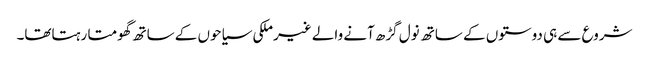
شروع سے ہی دوستوں کے ساتھ نول گڑھ آنے والے غیرملکی سیاحوں کے ساتھ گھومتا رہتاتھا۔